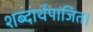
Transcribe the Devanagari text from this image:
शब्दार्थपाजित।